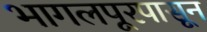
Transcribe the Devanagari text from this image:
भागलपूरपासून